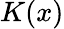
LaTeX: K(x)